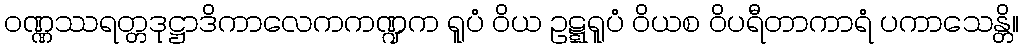
ဝဏ္ဏဿရတ္တဒုဋ္ဌာဒိကာလေကကဏ္ဍက ရူပံ ဝိယ ဥဋ္ဋရူပံ ဝိယစ ဝိပရီတာကာရံ ပကာသေန္တိ။